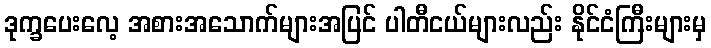
ဒုက္ခပေးလေ့ အစားအသောက်များအပြင် ပါတီငယ်များလည်း နိုင်ငံကြီးများမှ